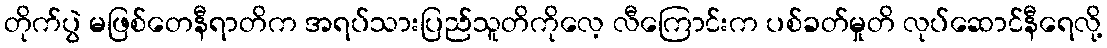
တိုက်ပွဲ မဖြစ်တေနီရာတိက အရပ်သားပြည်သူတိကိုလေ့ လီကြောင်းက ပစ်ခတ်မှုတိ လုပ်ဆောင်နီရေလို့